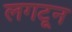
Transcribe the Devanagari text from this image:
लगटून